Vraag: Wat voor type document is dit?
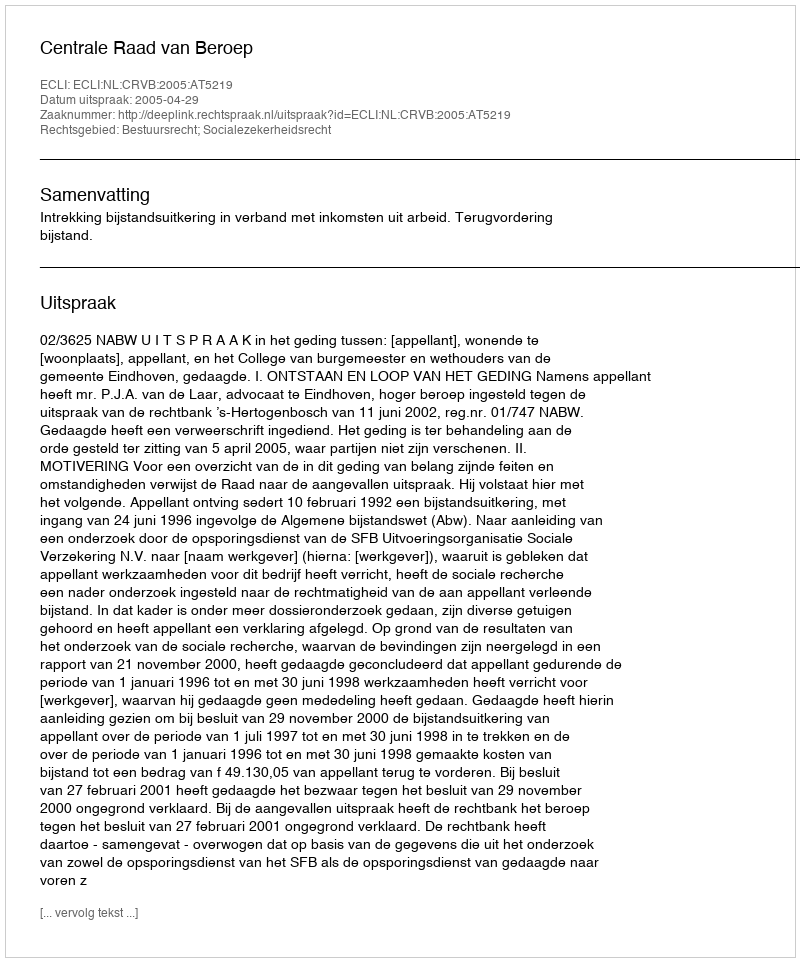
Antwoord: Uitspraak